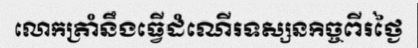
លោកត្រាំនឹងធ្វើដំណើរទស្សនកិច្ចពីរថ្ងៃ